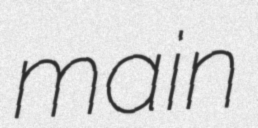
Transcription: main